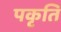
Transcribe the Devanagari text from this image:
पकृति